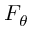
F _ { \theta }